Sketch of the medical history of the native army of Bombay, for the year
Year: 1875
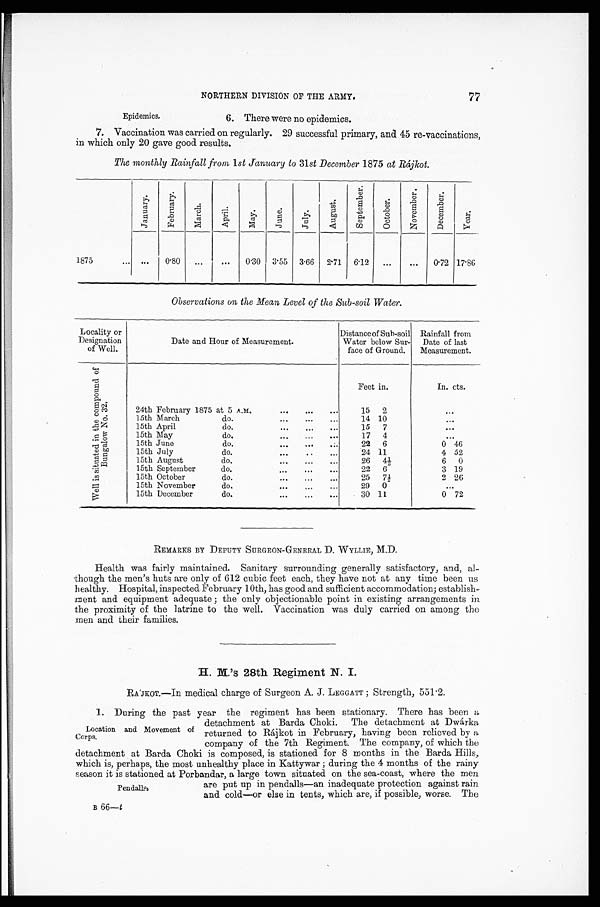
Epidemics.
6. There were no epidemics.
NORTHERN DIVISION OF THE ARMY.
77
7. Vaccination was carried on regularly. 29 successful primary, and 45 re-vaccinations,
in which only 20 gave good results.
The monthly Rainfall from 1st January to 31st December 1875 at Rájkot.
J anuar y .
Febr uar y.
March.
Apri l .
May.
June.
July.
August .
S e p t e mb e r .
Oc t ober .
N o v e m b e r .
D e c e m b e r .
Year.
1875
... 0·80 ...
...
0·30 3·55 3·66 2·71 6·12 ...
...
0·72 17·86
Observations on the Mean Level of the Sub-soil Water.
Locality or
Designation
of Well.
Date and Hour of Measurement.
Distance of Sub-soil
Water below Sur
-face of Ground.
Rainfall from
Date of last
Measurement.
W e l l i s s i t u a t e d i n t h e c o m p o u n d B u n g a l o w N o . 3 2 .
Feet in.
In. cts.
24th February 1875 at 5 A.M.
15 2
...
15th March do.
14 10
...
15th April do.
15 7
...
15th May do.
17 4
...
15th June do.
22 6
0 46
15th July do.
24 11
4 52
15th August do.
2 6
4 ½
6
0
15th September do.
22 6
3 19
15th October do.
25 7½
2 26
15th November do.
29 0
...
15th December do.
30 11
0 72
REMARKS BY DEPUTY SURGEON—GENERAL D. WYLLIE, M.D.
Health was fairly maintained. Sanitary surrounding generally satisfactory, and, al
-though the men's huts are only of 612 cubic feet each, they have not at any time been us
healthy. Hospital, inspected February 10th, has good and sufficient accommodation; establish
-ment and equipment adequate; the only objectionable point in existing arrangements in
the proximity of the latrine to the well. Vaccination was duly carried on among the
men and their families.
H. M.'s 28th Regiment N. I.
RÁJKOT.—In medical charge of Surgeon A. J. LEGGATT; Strength, 551·2.
1. During the past year the regiment has been stationary. There has been a
detachment at Barda Choki. The detachment at Dwárk
a returned to Rájkot in February, having been relieved by a
company of the 7th Regiment. The company, of which the
detachment at Barda Choki is composed, is stationed for 8 months in the Barda Hills,
which is, perhaps, the most unhealthy place in Kattywar; during the 4 months of the rainy
season it is stationed at Perbandar, a large town situated on the sea-coast, where the men
are put up in pendalls—an inadequate protection against rain
and cold—or else in tents. which are, if possible, worse. The
B 66—t
Location and Movement of
Corps.
Pendalls.